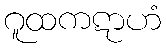
ဂူထကဋာဟံ